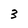
Character: 3